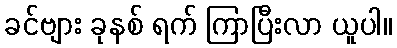
ခင်ဗျား ခုနစ် ရက် ကြာပြီးလာ ယူပါ။